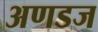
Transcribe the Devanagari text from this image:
अणडज